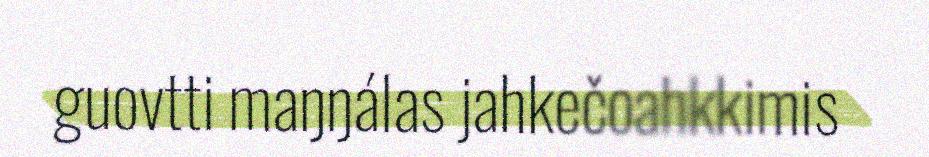
guovtti maŋŋálas jahkečoahkkimis